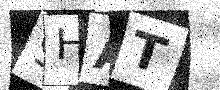
Text: 9HAT